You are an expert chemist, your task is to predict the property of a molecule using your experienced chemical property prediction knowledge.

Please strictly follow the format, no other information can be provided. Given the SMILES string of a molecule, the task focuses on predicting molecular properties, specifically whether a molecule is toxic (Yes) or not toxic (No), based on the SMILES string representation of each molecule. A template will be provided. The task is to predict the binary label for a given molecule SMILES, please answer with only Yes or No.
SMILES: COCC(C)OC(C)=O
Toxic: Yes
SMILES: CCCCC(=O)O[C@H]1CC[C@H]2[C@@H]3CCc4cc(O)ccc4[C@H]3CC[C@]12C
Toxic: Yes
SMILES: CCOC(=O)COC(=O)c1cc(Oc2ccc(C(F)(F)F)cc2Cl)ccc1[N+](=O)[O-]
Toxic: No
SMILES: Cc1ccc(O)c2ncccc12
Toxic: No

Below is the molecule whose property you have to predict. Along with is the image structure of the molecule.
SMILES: CC(C)c1cc(C(C)C)cc(C(C)C)c1
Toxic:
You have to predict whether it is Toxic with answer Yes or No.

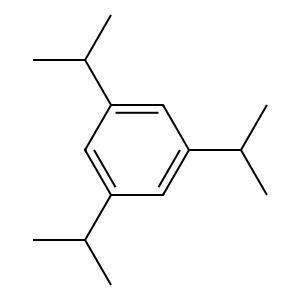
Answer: No